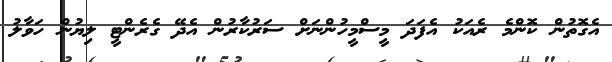
އެގޮތުން ކޮންމެ ރެއަކު އެފަދަ މީސްމީހުންނަށް ސަރުކާރުން އެދޭ ގެރެންޓީ ލިޔުން ހަވާލު